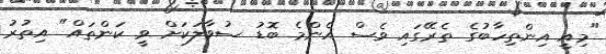
"މިއީ އިންތިހާބުގެ ތެރޭގައި ވެސް އެންމެ ބޮޑު ސުވާލަކަށް ވީ ކަންތައް" އިތުރު